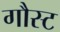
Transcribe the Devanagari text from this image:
गौस्ट